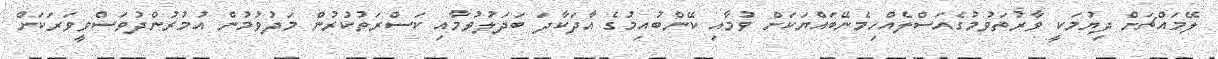
ލޭމައްޗަށް ދިޔުމަކީ ވާރުތަވުމުގެއަސްލެއްހިމެނޭބައްޔަކަށް ވުމާއި ކޭންބުއިމުގެ އާދަކާދަ ބަދަލުވުމާއި ކަސްރަތުކުރުން މަދުވުމުން އުމުރުންދުވަސްވީވަރަކަށް